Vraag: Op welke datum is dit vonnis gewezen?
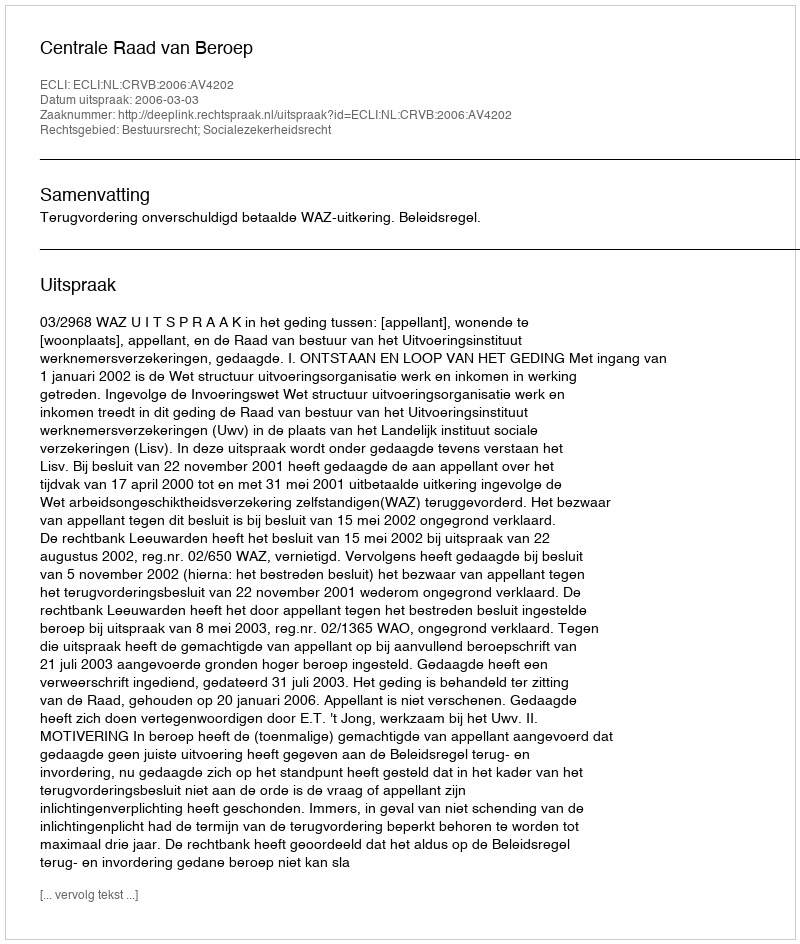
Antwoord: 2006-03-03